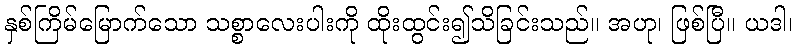
နှစ်ကြိမ်မြောက်သော သစ္စာလေးပါးကို ထိုးထွင်း၍သိခြင်းသည်။ အဟု၊ ဖြစ်ပြီ။ ယဒါ၊